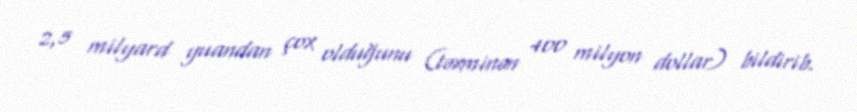
2,5 milyard yuandan çox olduğunu (təxminən 400 milyon dollar) bildirib.